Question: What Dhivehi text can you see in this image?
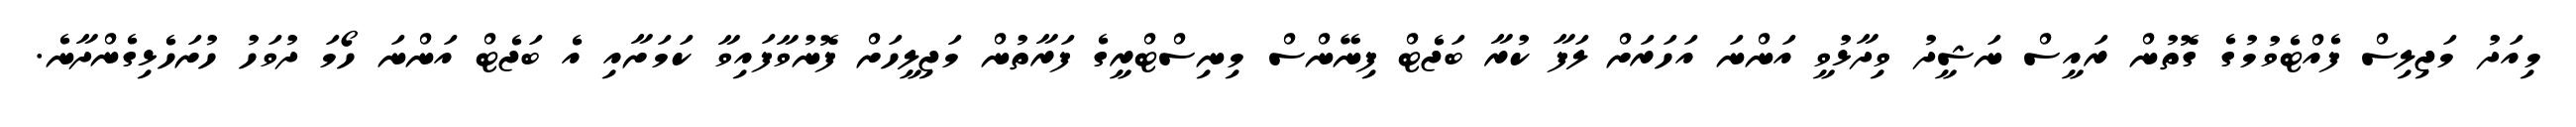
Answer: މިއަދު މަޖިލިސް ފެއްޓެވުމުގެ ގޮތުން ރައީސް ނަޝީދު ވިދާޅުވީ އަންނަ އަހަރަށް ލަފާ ކުރާ ބަޖެޓް ފިނޭންސް މިނިސްޓްރީގެ ފަރާތުން މަޖިލީހަށް ފޮނުވާފައިވާ ކަމަށާއި އެ ބަޖެޓް އަންނަ ހޯމަ ދުވަހު ހުށަހެޅިގެންދާނެ.